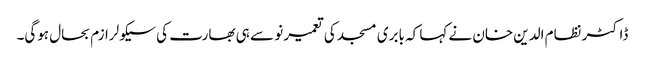
ڈاکٹر نظام الدین خان نے کہا کہ بابری مسجد کی تعمیر نو سے ہی بھارت کی سیکولرازم بحال ہوگی۔